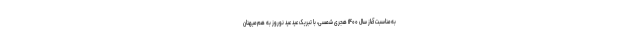
به‌مناسبت آغاز سال ۱۴۰۰ هجری شمسی، با تبریک عید عید نوروز به هم‌میهنان